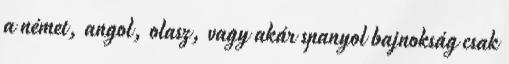
a német, angol, olasz, vagy akár spanyol bajnokság csak